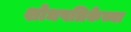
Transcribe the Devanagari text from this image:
शोधपत्रिकेच्या